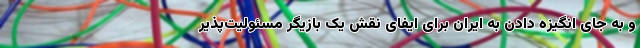
و به جای انگیزه دادن به ایران برای ایفای نقش یک بازیگر مسئولیت‌پذیر